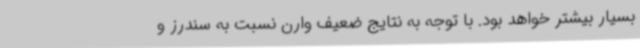
بسیار بیشتر خواهد بود. با توجه به نتایج ضعیف وارن نسبت به سندرز و